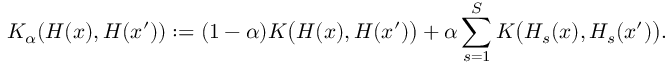
{ K } _ { \alpha } ( H ( x ) , H ( x ^ { \prime } ) ) : = ( 1 - \alpha ) K \big ( H ( x ) , H ( x ^ { \prime } ) \big ) + \alpha \sum _ { s = 1 } ^ { S } K \big ( H _ { s } ( x ) , H _ { s } ( x ^ { \prime } ) \big ) .